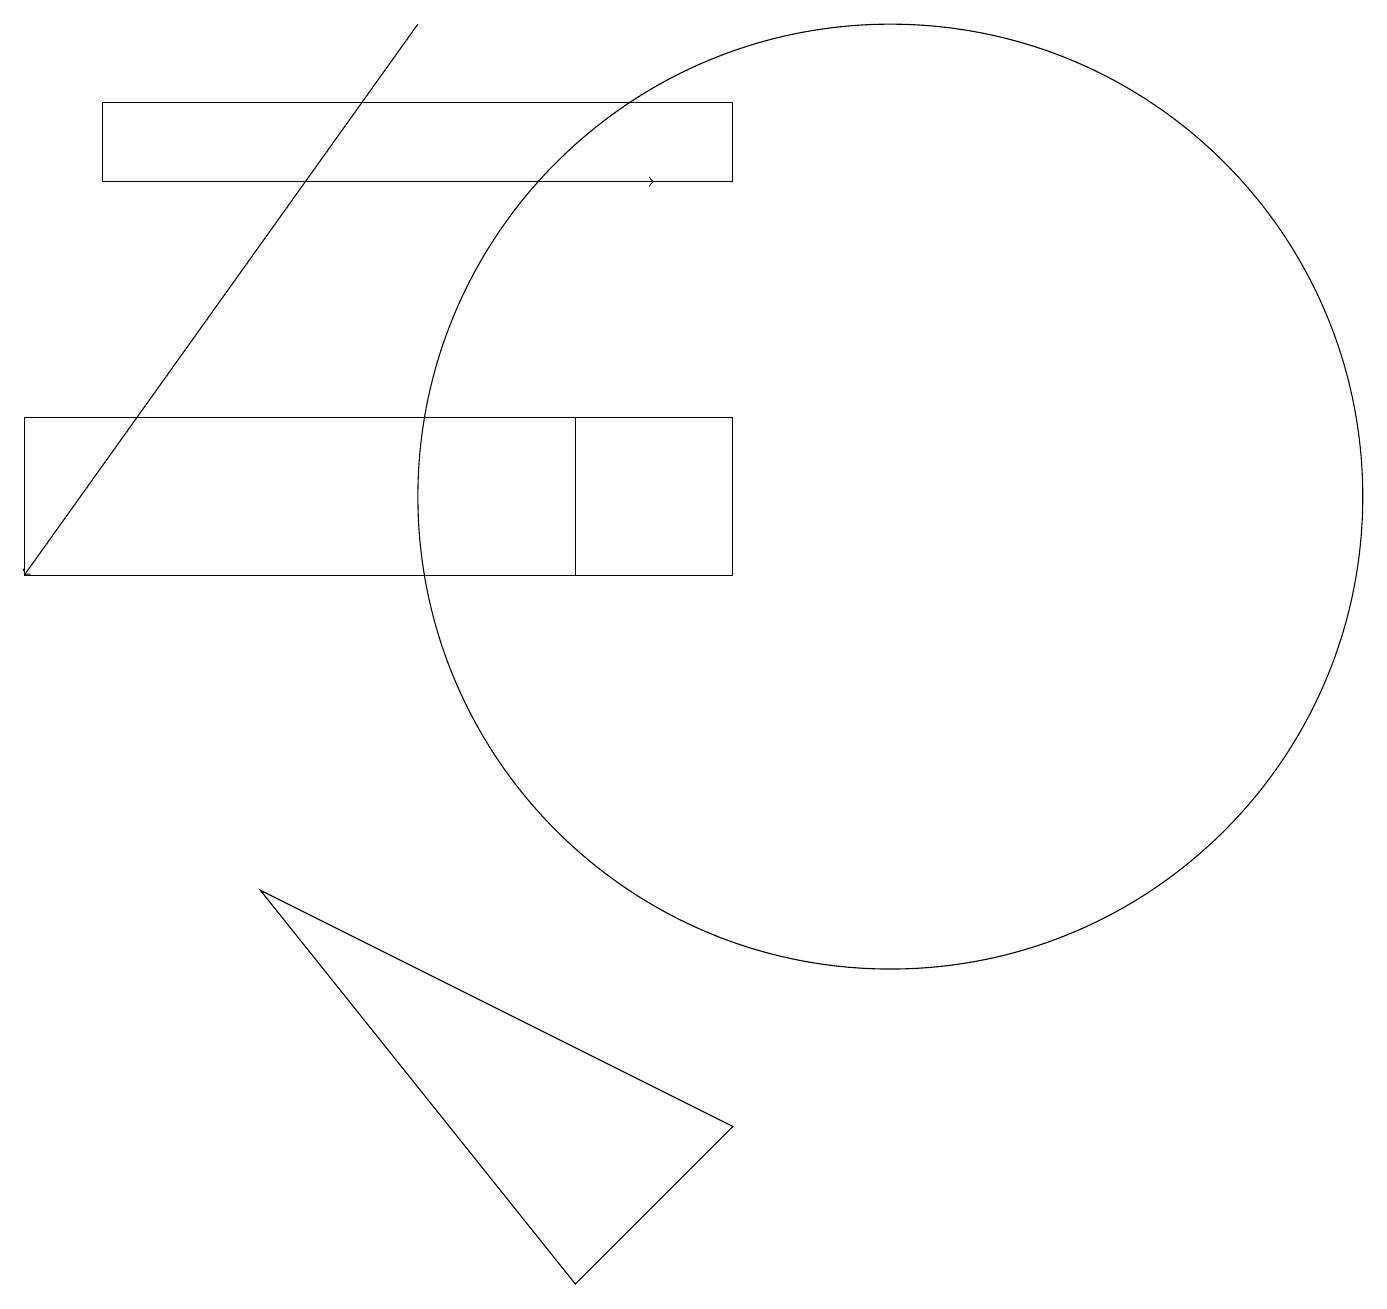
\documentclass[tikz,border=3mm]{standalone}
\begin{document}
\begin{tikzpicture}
\draw (9,15) rectangle (1,16);
\draw (0,10) rectangle (7,12);
\draw (11,11) circle (6);
\draw (3,6) -- (7,1) -- (9,3) -- cycle;
\draw[->] (1,15) -- (8,15);
\draw (0,10) rectangle (9,12);
\draw[->] (5,17) -- (0,10);
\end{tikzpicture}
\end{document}